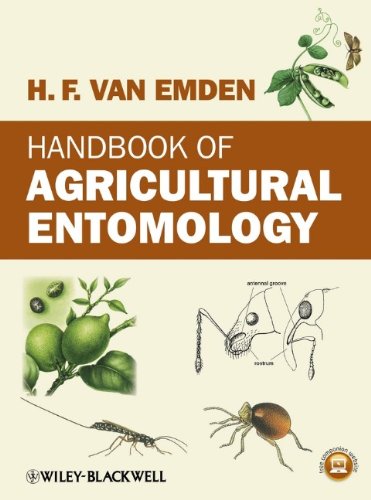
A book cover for Handbook of Agricultural Entomology; Helmut van Emden; Science & Math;